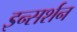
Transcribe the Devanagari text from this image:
इन्सर्शन